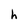
Character: h